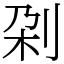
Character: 刴